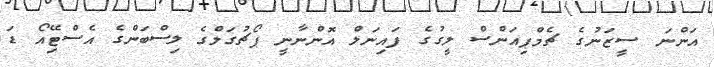
އަންނަ ސީޒަނުގެ ޗެމްޕިއަންސް ލީގުގެ ފައިނަލް އޮންނާނީ ޕޯޗުގަލްގެ ލިސްބަންގެ އެސްޓޭިއޯ ޑަ